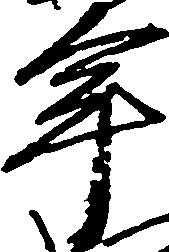
年